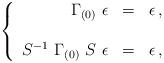
LaTeX: \begin{align*}\left\{\begin{array}{rcl}\Gamma_{(0)}\ \epsilon & = &\epsilon\, ,\\& & \\S^{-1}\ \Gamma_{(0)}\ S\ \epsilon & = & \epsilon\, ,\end{array}\right.\end{align*}